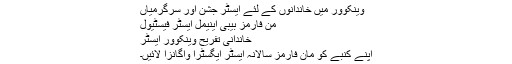
وینکوور میں خاندانوں کے لئے ایسٹر جشن اور سرگرمیاں
من فارمز بیبی اینیمل ایسٹر فیسٹیول
خاندانی تفریح ​​وینکوور ایسٹر
اپنے کنبے کو مان فارمز سالانہ ایسٹر ایگسٹرا واگانزا لائیں۔